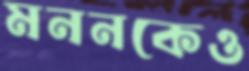
মননকেও